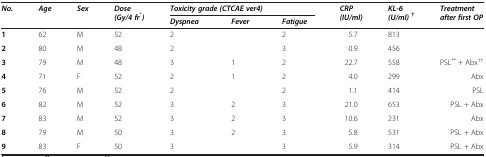
<table><thead><tr><td rowspan="2"><b><i>No.</i></b></td><td rowspan="2"><b><i>Age</i></b></td><td rowspan="2"><b><i>Sex</i></b></td><td rowspan="2"><b><i>Dose (Gy/4 fr</i><sup>*</sup><i>)</i></b></td><td colspan="3"><b><i>Toxicity grade (CTCAE ver4)</i></b></td><td rowspan="2"><b><i>CRP (IU/ml)</i></b></td><td rowspan="2"><b><i>KL-6 (U/ml)</i><sup>†</sup></b></td><td rowspan="2"><b><i>Treatment after first OP</i></b></td></tr><tr><td><b><i>Dyspnea</i></b></td><td><b><i>Fever</i></b></td><td><b><i>Fatigue</i></b></td></tr></thead><tbody><tr><td><b>1</b></td><td>62</td><td>M</td><td>52</td><td>2</td><td> </td><td>2</td><td>5.7</td><td>813</td><td> </td></tr><tr><td><b>2</b></td><td>80</td><td>M</td><td>48</td><td>2</td><td> </td><td>3</td><td>0.9</td><td>456</td><td> </td></tr><tr><td><b>3</b></td><td>79</td><td>M</td><td>48</td><td>3</td><td>1</td><td>2</td><td>22.7</td><td>558</td><td>PSL<sup>**</sup> + Abx<sup>††</sup></td></tr><tr><td><b>4</b></td><td>71</td><td>F</td><td>52</td><td>2</td><td>1</td><td>2</td><td>4.0</td><td>299</td><td>Abx</td></tr><tr><td><b>5</b></td><td>76</td><td>M</td><td>52</td><td>2</td><td> </td><td>2</td><td>1.1</td><td>414</td><td>PSL</td></tr><tr><td><b>6</b></td><td>82</td><td>M</td><td>52</td><td>3</td><td>2</td><td>3</td><td>21.0</td><td>653</td><td>PSL + Abx</td></tr><tr><td><b>7</b></td><td>83</td><td>M</td><td>52</td><td>3</td><td>2</td><td>3</td><td>10.6</td><td>231</td><td>Abx</td></tr><tr><td><b>8</b></td><td>79</td><td>M</td><td>50</td><td>3</td><td>2</td><td>3</td><td>5.8</td><td>531</td><td>PSL + Abx</td></tr><tr><td><b>9</b></td><td>83</td><td>F</td><td>50</td><td>3</td><td> </td><td>3</td><td>5.9</td><td>314</td><td>PSL + Abx</td></tr></tbody></table>